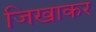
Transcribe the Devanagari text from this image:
जिखाकर